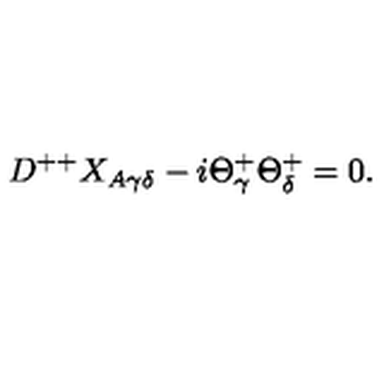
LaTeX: D ^ { + + } X _ { A \gamma \delta } - i \Theta _ { \gamma } ^ { + } \Theta _ { \delta } ^ { + } = 0 .